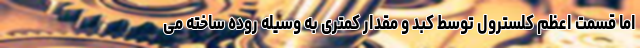
اما قسمت اعظم کلسترول توسط کبد و مقدار کمتری به وسیله روده ساخته می